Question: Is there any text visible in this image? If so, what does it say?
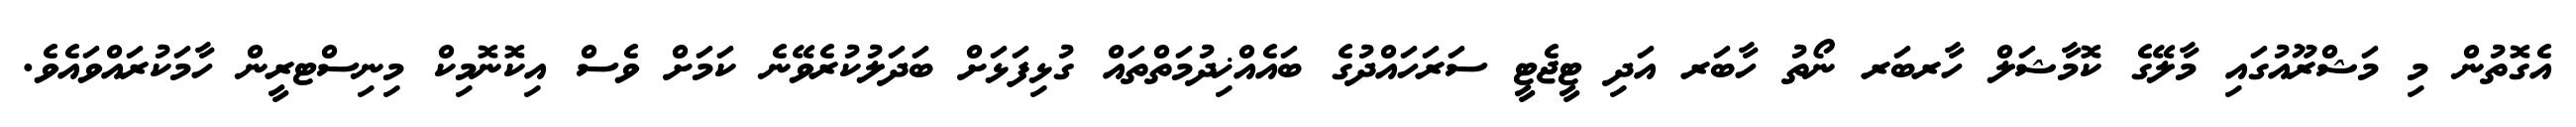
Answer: އެގޮތުން މި މަޝްރޫއުގައި މާލޭގެ ކޮމާޝަލް ހާރބަރ ނޯތު ހާބަރ އަދި ޓީޖެޓީ ސަރަހައްދުގެ ބައެއްޚިދުމަތްތައް ގުޅިފަޅަށް ބަދަލުކުރެވޭނެ ކަމަށް ވެސް އިކޮނޮމިކް މިނިސްޓރީން ހާމަކުރައްވައެވެ.